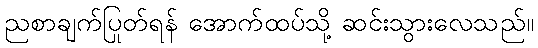
ညစာချက်ပြုတ်ရန် အောက်ထပ်သို့ ဆင်းသွားလေသည်။